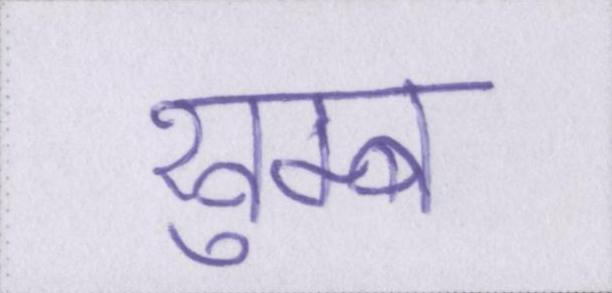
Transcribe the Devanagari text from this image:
खुम्ब